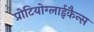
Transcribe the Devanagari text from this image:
प्रोटियोग्लाईकैन्स